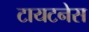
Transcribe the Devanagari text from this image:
टायटनेस